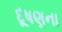
દૂષણના